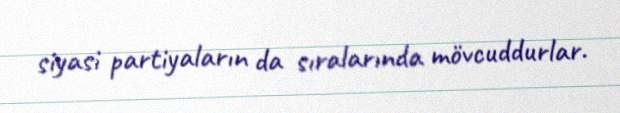
siyasi partiyaların da sıralarında mövcuddurlar.